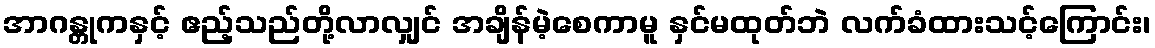
အာဂန္တုကနှင့် ဧည့်သည်တို့လာလျှင် အချိန်မဲ့စေကာမူ နှင်မထုတ်ဘဲ လက်ခံထားသင့်ကြောင်း၊